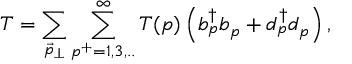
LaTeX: T = \sum _ { { \vec { p } } _ { \perp } } \sum _ { p ^ { + } = 1 , 3 , . . } ^ { \infty } T ( p ) \left( b _ { p } ^ { \dagger } b _ { p } + d _ { p } ^ { \dagger } d _ { p } \right) ,